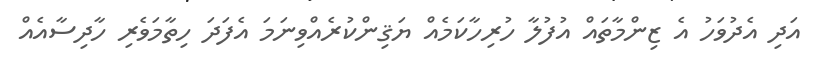
އަދި އެދުވަހު އެ ޒިންމާތައް އުފުލާ ހުރިހާކަމެއް ޔަޤިންކުރެއްވިނަމަ އެފަދަ ހިތާމަވެރި ހާދިސާއެއް